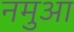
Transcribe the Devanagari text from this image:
नमुआ